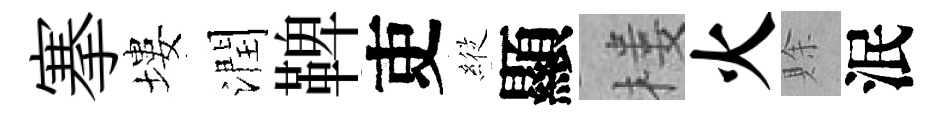
搴塿潤鞞吏𦂵顯楼火賖泯